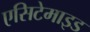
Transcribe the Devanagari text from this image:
एसिटेमाइड